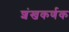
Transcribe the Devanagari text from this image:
शंखकर्णक